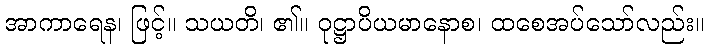
အာကာရေန၊ ဖြင့်။ သယတိ၊ ၏။ ဝုဋ္ဌာပိယမာနောစ၊ ထစေအပ်သော်လည်း။